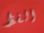
الفظ